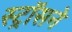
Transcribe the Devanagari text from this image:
स्ट्रॉसने